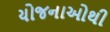
યોજનાઓથી